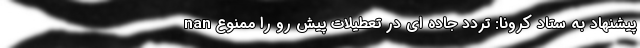
nan پیشنهاد به ستاد کرونا: تردد جاده ای در تعطیلات پیش رو را ممنوع